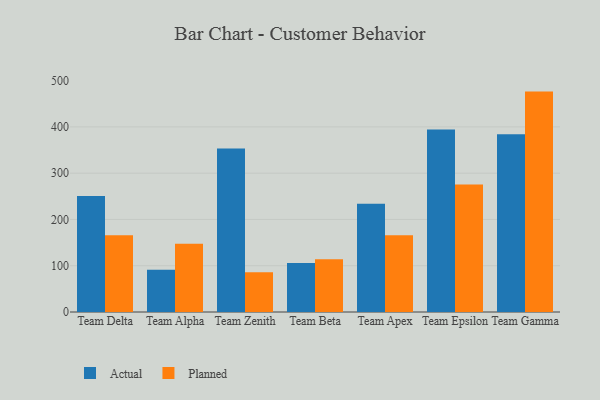
{"axis": {"x": "Team", "y": "Customer Acquisition Cost (USD)"}, "legend": ["Actual", "Planned"], "data": [{"x": "Team Delta", "y": 250.7, "type": "Actual"}, {"x": "Team Delta", "y": 165.9, "type": "Planned"}, {"x": "Team Alpha", "y": 91.3, "type": "Actual"}, {"x": "Team Alpha", "y": 147.6, "type": "Planned"}, {"x": "Team Zenith", "y": 353.1, "type": "Actual"}, {"x": "Team Zenith", "y": 86.1, "type": "Planned"}, {"x": "Team Beta", "y": 105.9, "type": "Actual"}, {"x": "Team Beta", "y": 113.9, "type": "Planned"}, {"x": "Team Apex", "y": 234.0, "type": "Actual"}, {"x": "Team Apex", "y": 166.0, "type": "Planned"}, {"x": "Team Epsilon", "y": 394.6, "type": "Actual"}, {"x": "Team Epsilon", "y": 275.3, "type": "Planned"}, {"x": "Team Gamma", "y": 384.0, "type": "Actual"}, {"x": "Team Gamma", "y": 476.3, "type": "Planned"}]}